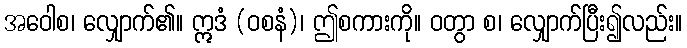
အဝေါစ၊ လျှောက်၏။ ဣဒံ (ဝစနံ)၊ ဤစကားကို။ ဝတွာ စ၊ လျှောက်ပြီး၍လည်း။